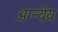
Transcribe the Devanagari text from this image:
अग्न्येय